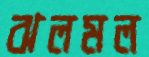
ঝলমল